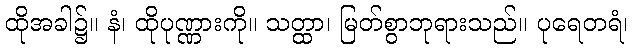
ထိုအခါ၌။ နံ၊ ထိုပုဏ္ဏားကို။ သတ္ထာ၊ မြတ်စွာဘုရားသည်။ ပုရေတရံ၊